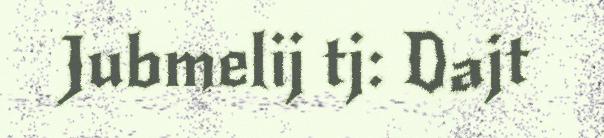
Jubmelij tj: Dajt